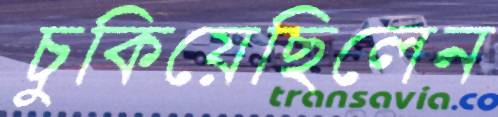
চুকিয়েছিলেন